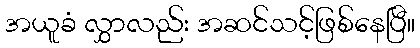
အယူခံ လွှာလည်း အဆင်သင့်ဖြစ်နေပြီ။